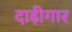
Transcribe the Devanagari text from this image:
दाढ़ीगार